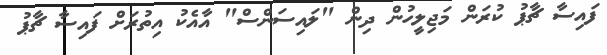
ފައިސާ ޗާޕު ކުރަން މަޖިލީހުން ދިން "ލައިސަންސް" އާއެކު އިތުރަށް ފައިސާ ޗާޕު